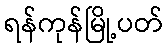
ရန်ကုန်မြို့ပတ်